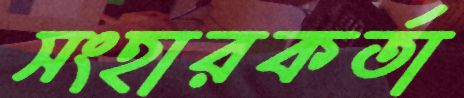
সংহারকর্তা